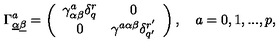
\Gamma _ { \underline { \alpha } \underline { \beta } } ^ { a } = \left( \begin{array} { c c } { \gamma _ { \alpha \beta } ^ { a } \delta _ { q } ^ { r } } & { 0 } \\ { 0 } & { \gamma ^ { a \alpha \beta } \delta _ { q ^ { \prime } } ^ { r ^ { \prime } } } \\ \end{array} \right) , \quad a = 0 , 1 , . . . , p ,